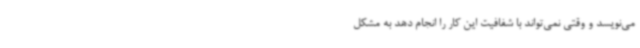
می‌نویسد و وقتی نمی‌تواند با شفافیت این کار را انجام دهد به مشکل